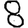
Digit: 8